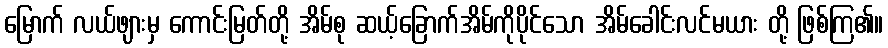
မြောက် လယ်ဖျားမှ ကောင်းမြတ်တို့ အိမ်စု ဆယ့်ခြောက်အိမ်ကိုပိုင်သော အိမ်ခေါင်းလင်မယား တို့ ဖြစ်ကြ၏။